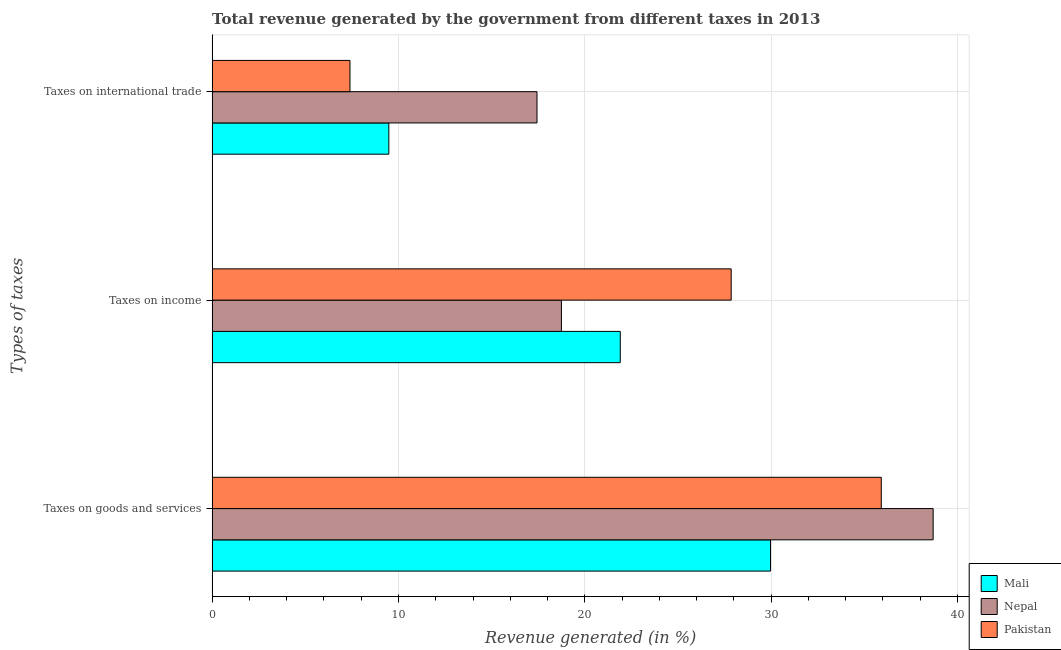
| Types of taxes | Mali | Nepal | Pakistan |
 | --- | --- | --- | --- |
 | Taxes on goods and services | 30 | 38.7 | 35.9 |
 | Taxes on income | 21.9 | 18.7 | 27.9 |
 | Taxes on international trade | 9.48 | 17.4 | 7.4 |